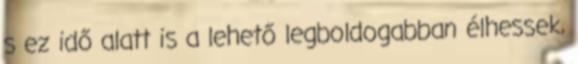
s ez idő alatt is a lehető legboldogabban élhessek,